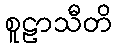
စူဠာသီတိ